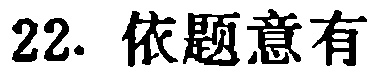
22. 依题意有